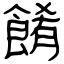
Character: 餚